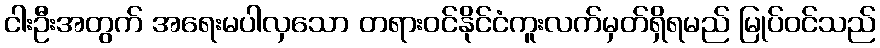
ငါးဦးအတွက် အရေးမပါလှသော တရားဝင်နိုင်ငံကူးလက်မှတ်ရှိရမည် မြုပ်ဝင်သည်